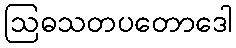
ဩဓသတပတောဒေါ